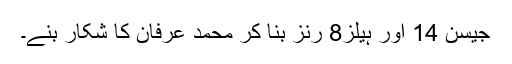
جیسن 14 اور ہیلز8 رنز بنا کر محمد عرفان کا شکار بنے۔